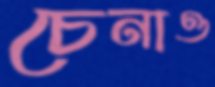
চেনাও